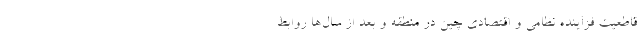
قاطعیت فزاینده نظامی و اقتصادی چین در منطقه و بعد از سال‌ها روابط